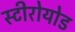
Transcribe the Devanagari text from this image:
स्टीरोयोड